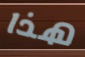
هذا